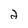
Character: 2